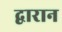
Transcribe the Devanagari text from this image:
द्वारान